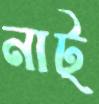
নাট্